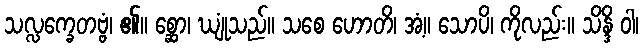
သလ္လက္ခေတဗ္ဗံ၊ ၏။ စ္ဆော၊ ဃျုံသည်။ သစေ ဟောတိ၊ အံ့။ သောပိ၊ ကိုလည်း။ သိန္ဒိ ဝါ၊